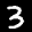
Label: 3